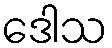
ဒေါသ